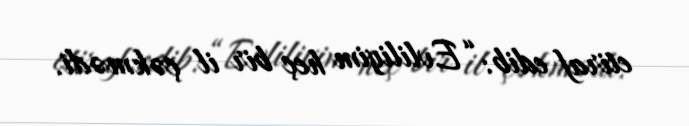
etiraf edib: “Evliliyim heç bir il çəkmədi.